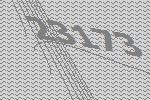
23173